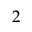
2